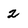
Character: 2